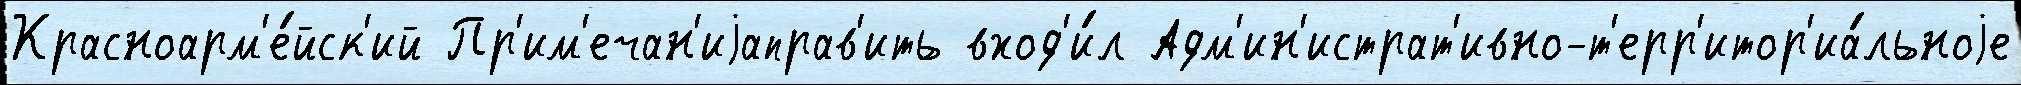
Красноарм'е́йск'ий Пр'им'ечан'иjаправ'ить вход'и́л Адм'ин'истрат'ивно-т'ерр'итор'иа́льноjе